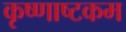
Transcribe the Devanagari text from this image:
कृष्णाष्टकम